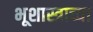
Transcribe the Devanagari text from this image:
भूशास्त्राच्या